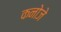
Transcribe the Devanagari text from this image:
कनोजे